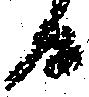
候